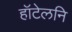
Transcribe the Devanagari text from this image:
हॉटेलनि